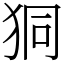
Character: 狪